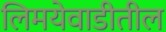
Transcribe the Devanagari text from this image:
लिमयेवाडीतील